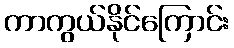
ကာကွယ်နိုင်ကြောင်း